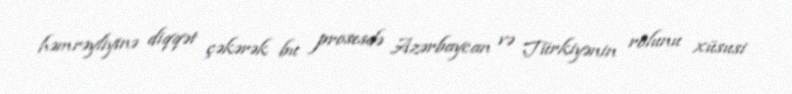
həmrəyliyinə diqqət çəkərək bu prosesdə Azərbaycan və Türkiyənin rolunu xüsusi